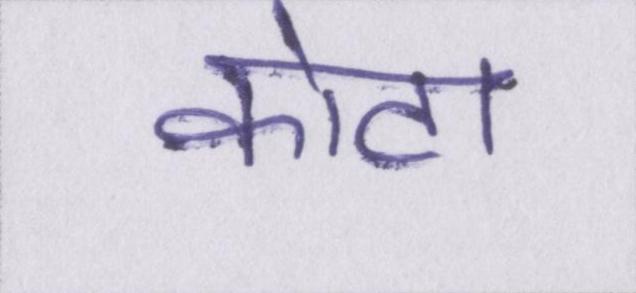
कोटा